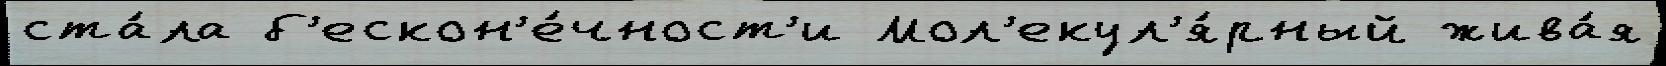
ста́ла б'ескон'е́чност'и Мол'екул'я́рный жива́я